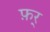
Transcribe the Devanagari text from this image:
फ़र्